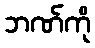
ဘဏ်ကို